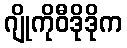
ဂျိုကိုဝီဒိုဒိုက